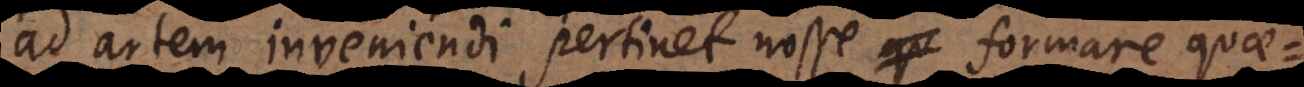
ad artem inveniendi pertinet nosse formare quae